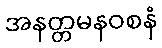
အနတ္တမနဝစနံ